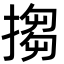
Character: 搊